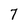
Character: 7